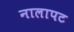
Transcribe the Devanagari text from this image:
नालापट